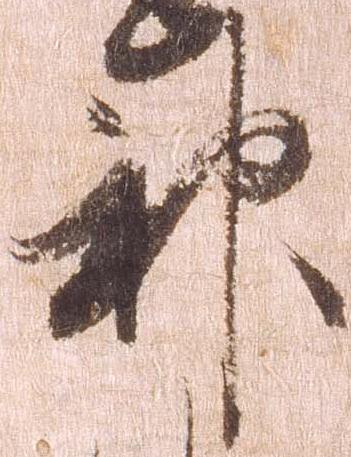
神